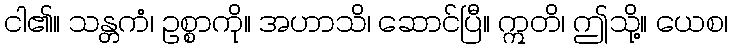
ငါ၏။ သန္တကံ၊ ဥစ္စာကို။ အဟာသိ၊ ဆောင်ပြီ။ ဣတိ၊ ဤသို့။ ယေစ၊